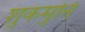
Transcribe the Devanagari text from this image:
शुकमुनि